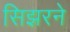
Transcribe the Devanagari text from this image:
सिझरने